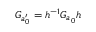
G _ { a _ { 0 } ^ { \prime } } = h ^ { - 1 } G _ { a _ { 0 } } h